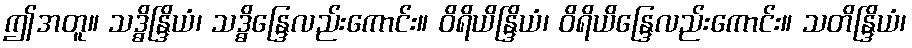
ဤအတူ။ သဒ္ဓိန္ဒြိယံ၊ သဒ္ဓိန္ဒြေလည်းကောင်း။ ဝိရိယိန္ဒြိယံ၊ ဝိရိယိန္ဒြေလည်းကောင်း။ သတိန္ဒြိယံ၊